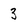
Character: 3